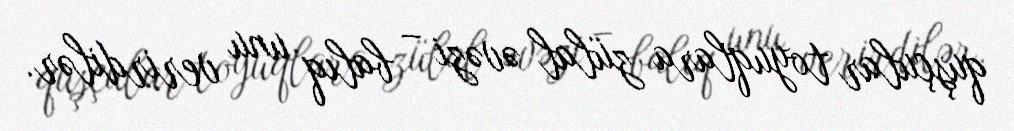
quşçular toyuqlara zülal əvəzi – balıq unu verirdilər.